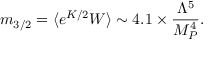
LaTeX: m _ { 3 / 2 } = \langle e ^ { K / 2 } W \rangle \sim 4 . 1 \times \frac { \Lambda ^ { 5 } } { M _ { P } ^ { 4 } } .